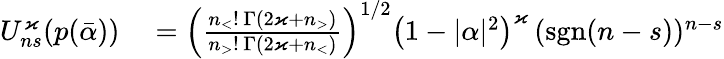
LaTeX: \begin{array}{rl}{U_{ns}^{\varkappa}(p(\bar{\alpha}))}&{{}=\left(\frac{n_{<}!\, \Gamma(2\varkappa+n_{>})}{n_{>}!\, \Gamma(2\varkappa+n_{<})}\right)^{1/2}\left(1-\vert\alpha\vert^{2}\right)^{\varkappa}\, (\mathrm{sgn}(n-s))^{n-s}}\end{array}